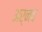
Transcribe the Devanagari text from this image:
अर्नव